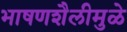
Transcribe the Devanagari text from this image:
भाषणशैलीमुळे